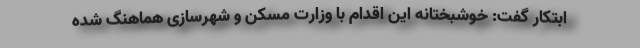
ابتکار گفت: خوشبختانه این اقدام با وزارت مسکن و شهرسازی هماهنگ شده